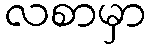
လစာမှာ